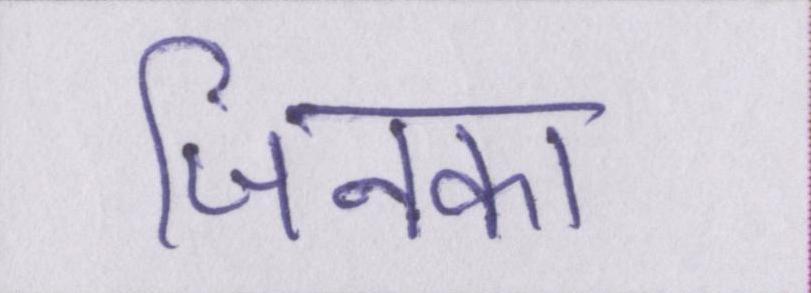
जिनका